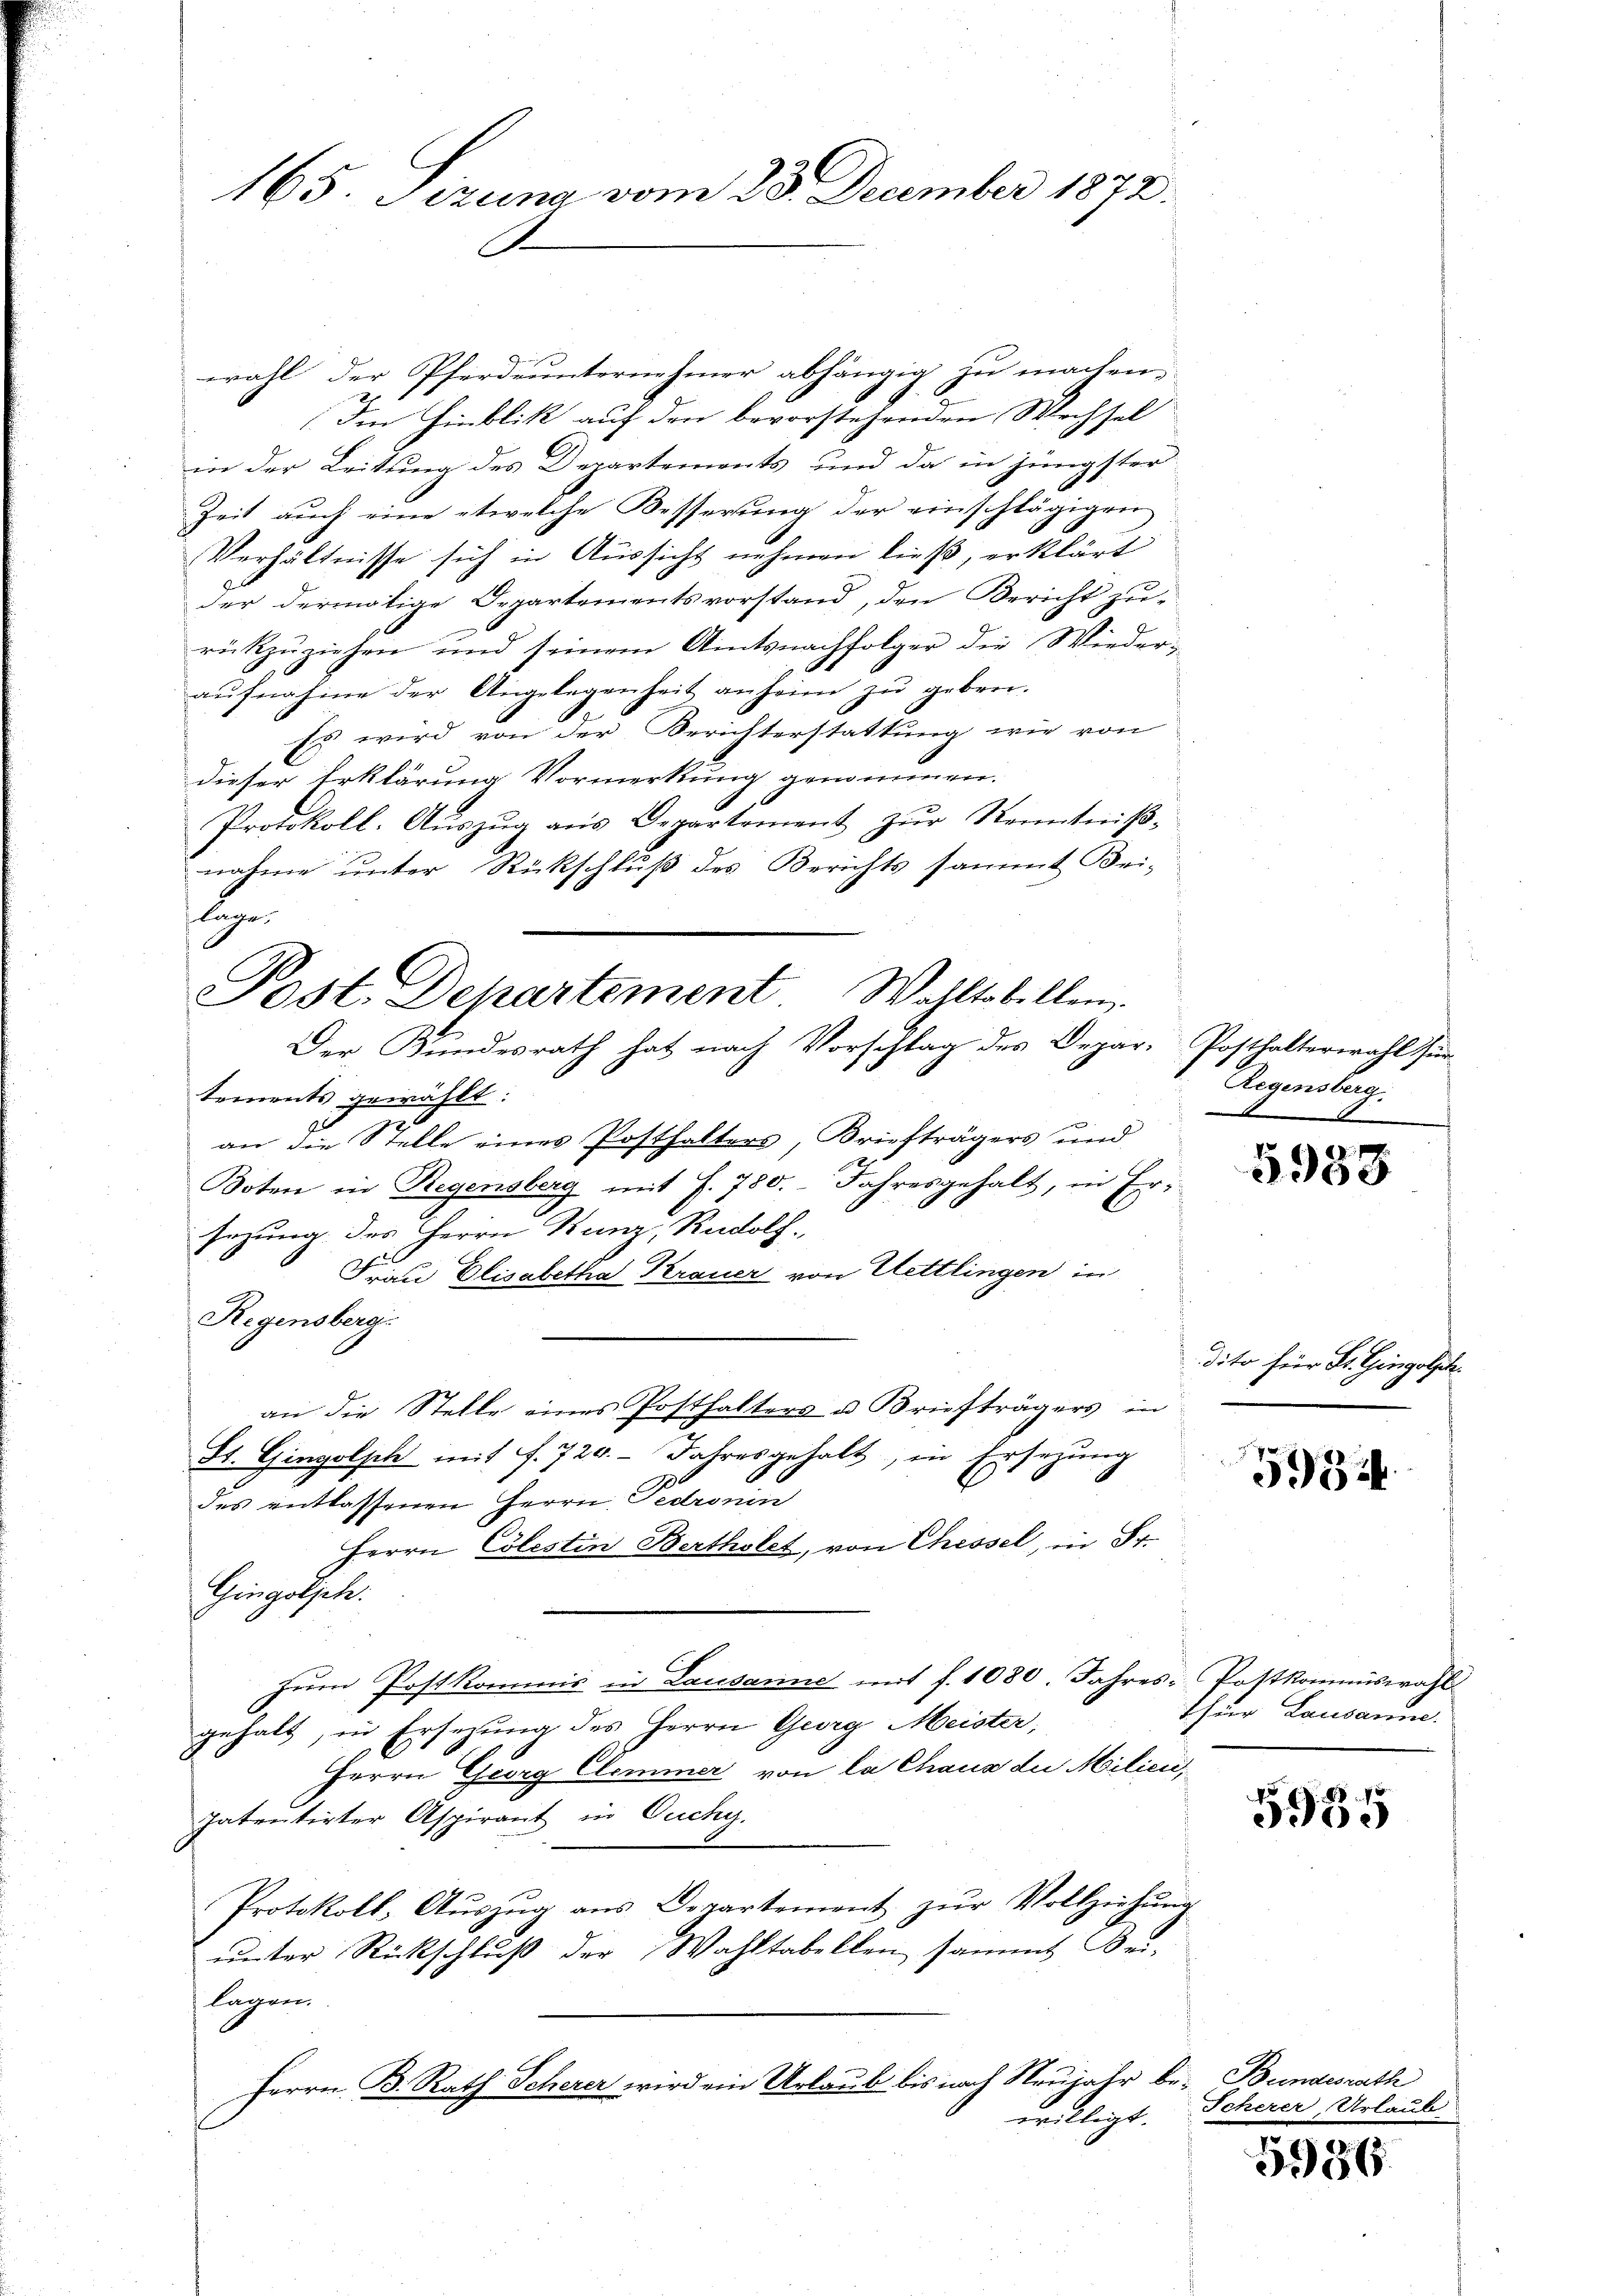
wahl der Pferdeunternehmer abhängig zu machen.
Im Hinblik auf den bevorstehenden Wechsel
in der Leitung des Departements, und da in jüngster
Zeit auch eine etwelche Besserung der einschlägigen
Verhältnisse sich in Aussicht nehmen ließ, erklärt
der dermalige Departementsvorstand, den Bericht zur
rückzŭziehen und seinem Amtsnachfolger die Wiederaŭfnahme der Angelegenheit anheime zŭ geben.
Es wird von der Berichterstattung wie von
dieser Erklärung Vormerkung genommen.
Protokoll-Aŭszŭg ans Departement zŭr Kenntniβ-
nahme unter Rückschluß des Berichts sammt Bei-
lage.

Post. Departement
Wahltabellen.
Der Bundesrath hat nach Vorschlag des Depar-Posthalterwahl für

165. Sizung vom 23. December 1872.

tements gewählt:
an die Stelle eines Posthalters, Briefträgers und
Boten in Regensberg mit f. 780. Jahresgehalt, in Ersezung des Herrn Kunz, Rudolf
Frau Elisabetha Krauer von Hettlingen in
Regensberg-
an die Stelle eines Posthalters u. Briefträgers in
St. Gingolsch mit . 720. Jahresgehalt, in Ersetzung
des entlassenen Herrn Fedronin
Herrn Cölestin Bertholet, von Chessel, in Fr.
Gingolph:
zŭm Postkommis in Lausanne mit f. 1080. Jahres Pottkommiswahl
gehalt, in Ersezung des Herrn Georg Meister,
Herrn Georg Climmer von la Chaus die Milien,
patentirter Aspirant in Ouchy.
Protokoll, Aŭszŭg ans Departement zŭr Vollziehŭng
unter Rückschluß der Wahltabellen sammt Bei-
lagen.
Herrn B. Rath Scherer wird ein Urlaub bis nach Neujahr be- Bundesrath
willigt.

Regensberg.

.

0

dito für St. Gingolph.

5934.

thur Lausanne

5935

Scherer Urlaub

5986.